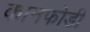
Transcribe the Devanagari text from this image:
कानफोडी